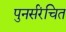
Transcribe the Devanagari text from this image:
पुनर्संरचित